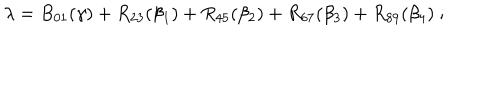
LaTeX: \lambda = B _ { 0 1 } ( \gamma ) + R _ { 2 3 } ( \beta _ { 1 } ) + R _ { 4 5 } ( \beta _ { 2 } ) + R _ { 6 7 } ( \beta _ { 3 } ) + R _ { 8 9 } ( \beta _ { 4 } ) ~ ;